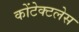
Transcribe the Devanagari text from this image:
कोंटेक्टलेस